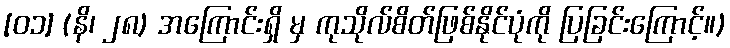
[၀၁] (နိ၊ ၂၈) အကြောင်းရှိ မှ ကုသိုလ်စိတ်ဖြစ်နိုင်ပုံကို ပြခြင်းကြောင့်။)